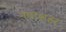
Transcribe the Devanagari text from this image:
नवाशहर